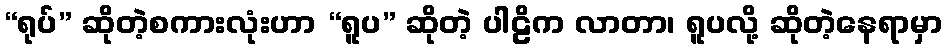
“ရုပ်” ဆိုတဲ့စကားလုံးဟာ “ရူပ” ဆိုတဲ့ ပါဠိက လာတာ၊ ရူပလို့ ဆိုတဲ့နေရာမှာ